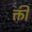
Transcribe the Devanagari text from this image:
क्ती